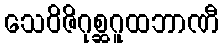
သေဝိဇိဂုစ္ဆဂူထဘာဏီ